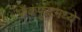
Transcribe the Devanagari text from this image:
फ्रँकफूटमध्ये